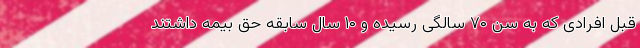
قبل افرادی که به سن ۷۰ سالگی رسیده و ۱۰ سال سابقه حق بیمه داشتند